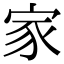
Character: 家